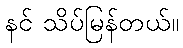
နင် သိပ်မြန်တယ်။